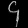
Digit: ၄